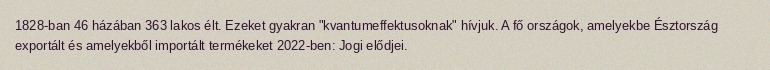
1828-ban 46 házában 363 lakos élt. Ezeket gyakran "kvantumeffektusoknak" hívjuk. A fő országok, amelyekbe Észtország exportált és amelyekből importált termékeket 2022-ben: Jogi elődjei.